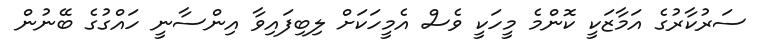
ސަރުކާރުގެ އަމާޒަކީ ކޮންމެ މީހަކީ ވެސް އެމީހަކަށް ލިބިފައިވާ އިންސާނީ ހައްގުގެ ބޭނުން